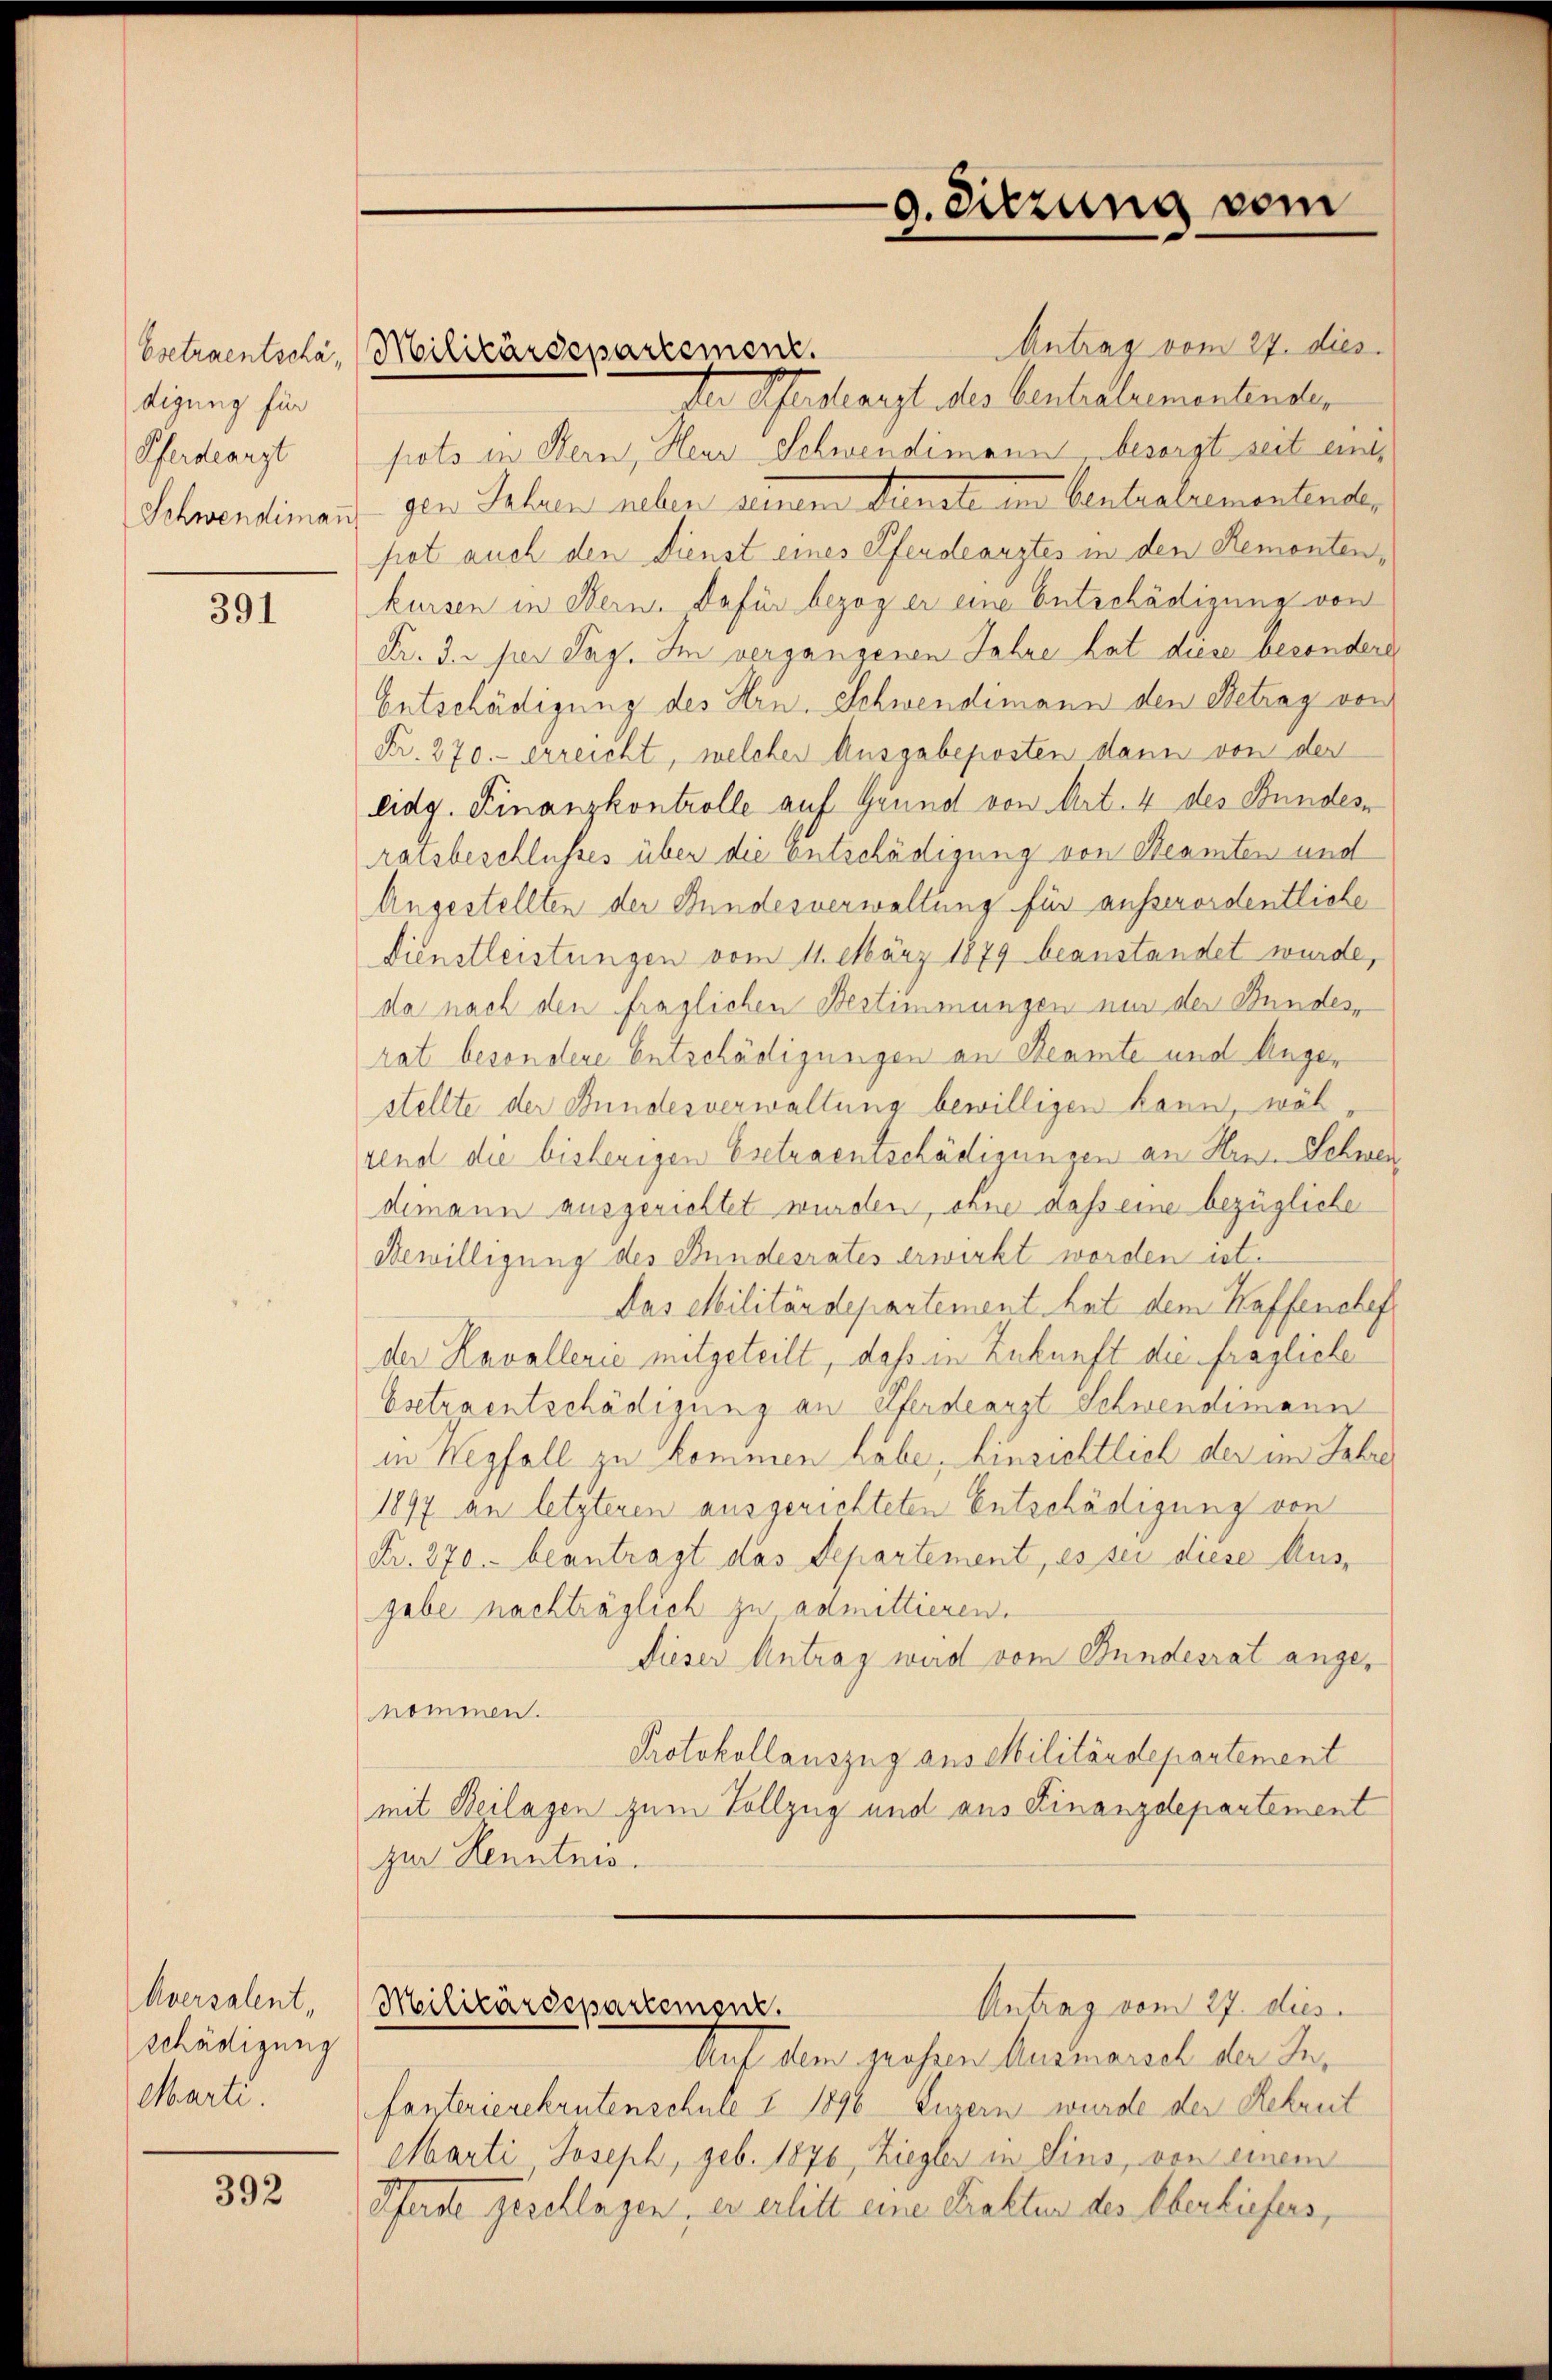
digung für
Pferdearzt
Schwendiman

391

Aversalent,
schädigung
Marti.

392

Esetraentsche, Militärdepartement.

-9. Sitzung vom

Antrag vom 27. dies
Der Schadlangt des Bentestamentender
pots in Bern, Heur Schwendimann besorgt seit eint,
gen Jahren selben seinen Samste in bentralementenden
pot auch den Dienst eines Pferdearztes in den Remontenkursen in Bern. Dafür bezog er eine Entschädigung von
Fr. 3. per Tag. Im vergangenen Jahre hat diese besondere
Entschädigung des Hrn. Schwendemann den Betrag von
Fr. 270.- erreicht, welcher Ausgabeposten dann von der
eidg. Finanzkontrolle auf Grund von Art. 4 des Bundes
ratsbeschlusses über die Entschädigung von Beamten und
Angestellten der Bundesverwaltung für ausserordentliche
Dienstleistungen vom 11. März 1879 beanstandet wurde,
da nach den fraglichen Bestimmungen nur der Bundes,
rat besondere Entschädigungen an Beamte und Anger
stellte der Bundesverwaltung bewilligen kann, wäh
rend die bisherigen Esetraentschädigungen an Hrn. Schwei
dimann ausgerichtet wurden, ohne daß eine bezügliche
Bewilligung des Bundesrates erwirkt worden ist.
Das Militärdepartement hat dem Kaffenchef
der Kavallerie mitgeteilt, daß in Zukunft die fragliche
Esetraentschädigung an Pferdearzt Schwendimann
in Wegfall zu kommen habe, Einsichtlich der im Lehre
1897 an letzteren ausgerichteten Entschädigung von
Fr. 270. beantragt das Departement, es sei diese Ausgabe nachträglich zu admittieren.
Dieser Antrag wird vom Bundesrat angenommen.
Protokollauszug aus Militärdepartement
mit Beilagen zum Vollzug und aus Finanzdepartement
zur Kenntnis.
Antrag vom 27. dies
Militärdepartement.
Auf dem grosen Ausmarsch der Infanterierekrutenschule I 1898 Luzern wurde der Rekruil
Marti Joseph, geb. 1876, Ziegler in Sins, von einem
Pferde geschlagen, er erlitt eine Prakten des Oberliefers,